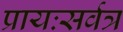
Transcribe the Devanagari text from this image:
प्रायःसर्वत्र